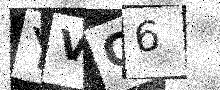
Text: YVQ6